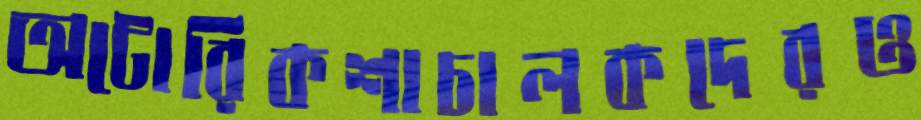
অটোরিকশাচালকদেরও